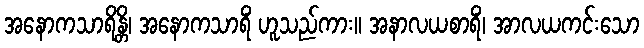
အနောကသာရိန္တိ၊ အနောကသာရိံ ဟူသည်ကား။ အနာလယစာရိံ၊ အာလယကင်းသော